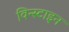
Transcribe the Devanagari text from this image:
विन्स्टाइन